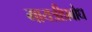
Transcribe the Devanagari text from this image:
गायत्रीप्रबोध